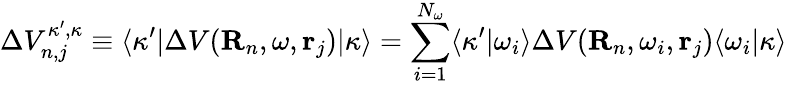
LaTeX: \Delta V_{n,j}^{\kappa^{\prime},\kappa}\equiv\langle\kappa^{\prime}|\Delta V({\mathbf R}_{n},\omega,{\mathbf r}_{j})|\kappa\rangle=\sum_{i=1}^{N_{\omega}}\langle\kappa^{\prime}|\omega_{i}\rangle\Delta V({\mathbf R}_{n},\omega_{i},{\mathbf r}_{j})\langle\omega_{i}|\kappa\rangle